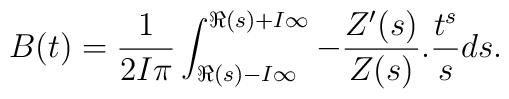
B(t)=\frac{1}{2I\pi}\int_{\Re(s)-I\infty}^{\Re(s)+I\infty}-\frac{Z'(s)}{Z(s)}.\frac{t^s}{s}ds.